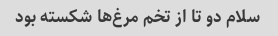
سلام دو تا از تخم مرغ‌ها شکسته بود